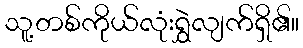
သူ့တစ်ကိုယ်လုံးရွှဲလျက်ရှိ၏။